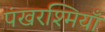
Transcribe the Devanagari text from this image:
पंखरश्मियाँ